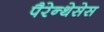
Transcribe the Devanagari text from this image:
पैरेन्थेसेस